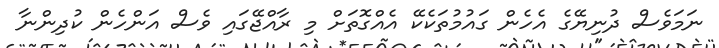
ނަމަވެސް ދުނިޔޭގެ އެހެން ގައުމުތަކެކޭ އެއްގޮތަށް މި ރާއްޖޭގައި ވެސް އަންހެން ކުދިންނާ